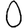
Digit: 0